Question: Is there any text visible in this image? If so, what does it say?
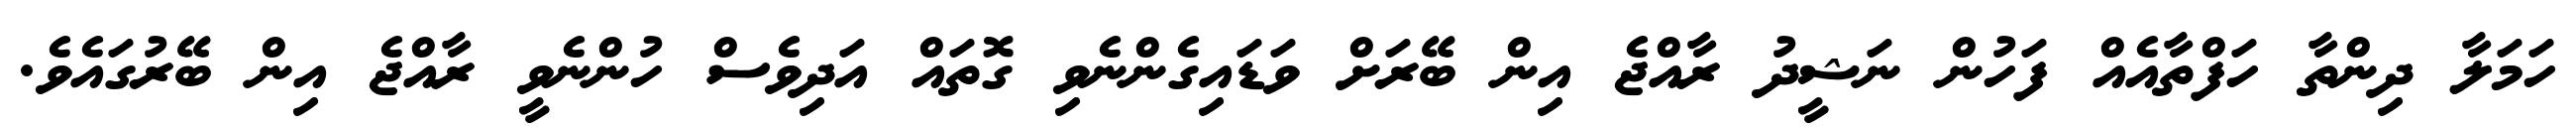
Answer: ހަމަލާ ދިންތާ ހަފްތާއެއް ފަހުން ނަޝީދު ރާއްޖެ އިން ބޭރަށް ވަޑައިގެންނެވި ގޮތައް އަދިވެސް ހުންނެވީ ރާއްޖެ އިން ބޭރުގައެވެ.